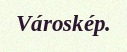
Városkép.